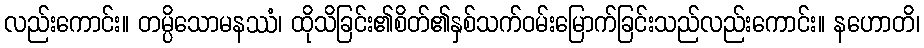
လည်းကောင်း။ တမ္ပိသောမနဿံ၊ ထိုသိခြင်း၏စိတ်၏နှစ်သက်ဝမ်းမြောက်ခြင်းသည်လည်းကောင်း။ နဟောတိ၊